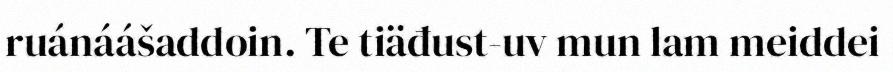
ruánáášaddoin. Te tiäđust-uv mun lam meiddei